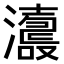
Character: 𤃕